Lunatic asylums Burma 1907-21 - 1907-1921
Year: 1907
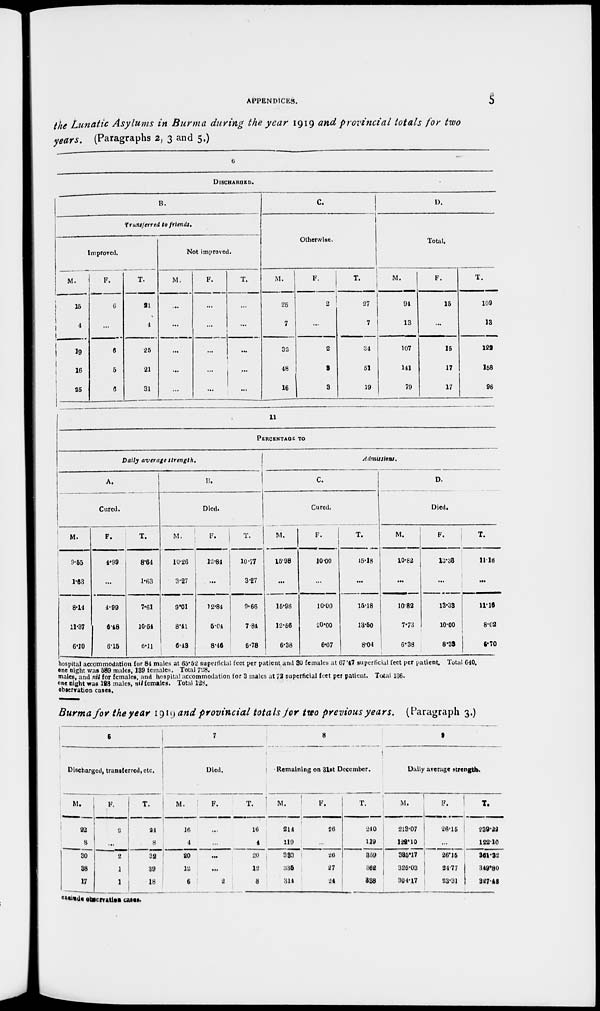
APPENDICES.
5
the Lunatic Asylums in Burma during the year 1919 and provincial totals for two
years. (Paragraphs 2, 3 and 5.)
6
DISCHARGED.
B.
Transferred to friends.
Improved.
M.
15
4
19
16
25
F.
6
...
6
5
6
T.
21
4
25
21
31
Not improved.
M.
...
...
...
...
...
F.
...
...
...
...
...
T.
...
...
...
...
...
C.
Otherwise.
M.
25
7
32
48
16
F.
2
...
2
3
3
T.
27
7
34
51
19
D.
Total.
M.
94
13
107
141
79
F.
15
...
15
17
17
T.
109
13
122
158
96
11
PERCENTAGE TO
Daily average strength.
A.
Cured.
M.
9.55
1.63
8.14
11.37
6.10
F.
4.99
...
4.99
6.48
6.15
T.
8.64
1.63
7.61
10.54
6.11
B.
Died.
M.
10.26
3.27
9.01
8.41
6.43
F.
12.84
...
12.84
6.04
8.46
T.
10.77
3.27
9.66
7.84
6.78
Admissions.
C.
Cured.
M.
15.98
...
15.98
12.56
6.38
F.
10.00
...
10.00
20.00
6.67
T.
15.18
...
15.18
13.50
8.04
D.
Died.
M.
10.82
...
10.82
7.73
6.38
F.
13.33
...
13.33
10.00
8.38
T.
11.16
...
11.16
8.02
6.70
hospital accommodation for 84 males at 65.52 superficial feet per patient and 30 females at 67.47 superficial feet per patient. Total 640.
one night was 589 males, 139 females. Total 728.
males, and nil for females, and hospital accommodation for 3 males at 72 superficial feet per patient. Total 136.
one night was 128 males, nil females. Total 128.
observation cases.
Burma for the year 1919 and provincial totals for two previous years. (Paragraph 3.)
6
Discharged, transferred, etc.
M.
22
8
30
38
17
F.
2
...
2
1
1
T.
24
8
32
39
18
7
Died.
M.
16
4
20
12
6
F.
...
...
...
...
2
T.
16
4
20
12
8
8
Remaining on 31st December.
M.
214
119
333
335
314
F.
26
...
26
27
24
T.
240
119
359
362
338
8
Daily average strength.
M.
213.07
122.10
385.17
325.03
304.17
F.
26.15
...
26.15
24.77
23.31
T.
239.22
122.10
361.32
349.80
327.48
exclude observation cases.